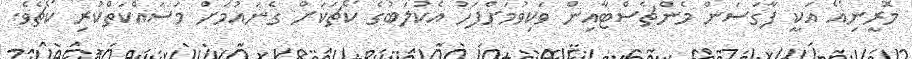
މޮރީނިއޯ އަކީ ފާގަސަން މެންޗެސްޓާއިން ވަކިވުމަށްފަހު އެކުލަބުގެ ކޯޗަކަށް ގެނައުމަށް މަސައްކަތްކުރި ކޯޗެވެ.